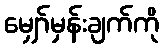
မျှော်မှန်းချက်ကို